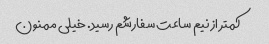
کمتر از نیم ساعت سفارشم رسید. خیلی ممنون